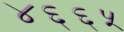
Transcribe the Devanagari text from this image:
४६६५